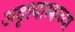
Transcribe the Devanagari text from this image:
अदृश्यास्त्राच्या